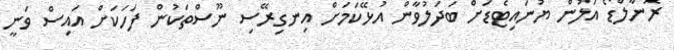
ރޮނާލްޑޯ އަލުން ޔުނައިޓެޑަށް ބަދަލުވާން އުޅޭކަމަށް އިނގިރޭސި ނޫސްތަކުން ފަހަކަށް އައިސް ވަނީ